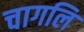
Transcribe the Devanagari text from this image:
चागलि